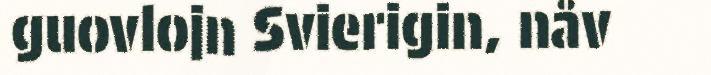
guovlojn Svierigin, nåv